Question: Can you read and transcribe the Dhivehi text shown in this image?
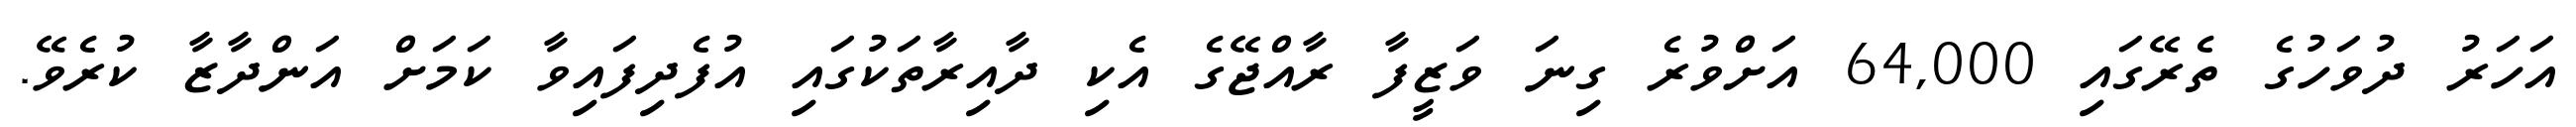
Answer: އަހަރު ދުވަހުގެ ތެރޭގައި 64,000 އަށްވުރެ ގިނަ ވަޒީފާ ރާއްޖޭގެ އެކި ދާއިރާތަކުގައި އުފެދިފައިވާ ކަމަށް އަންދާޒާ ކުރެވޭ.